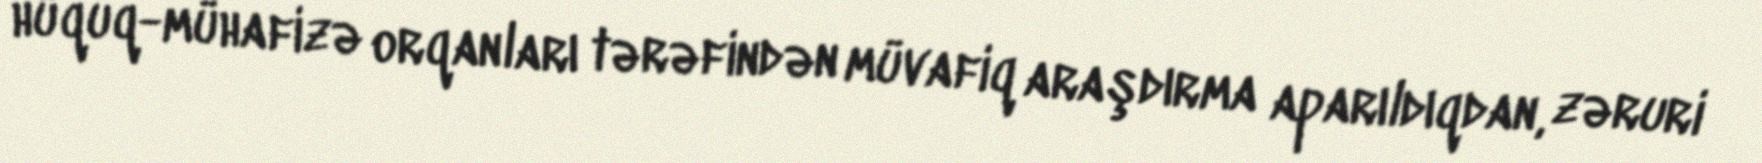
hüquq-mühafizə orqanları tərəfindən müvafiq araşdırma aparıldıqdan, zəruri